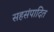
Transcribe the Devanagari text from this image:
सहसंपादित